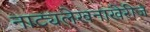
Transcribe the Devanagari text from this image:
नाट्यलेखनाखेरीज